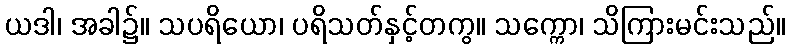
ယဒါ၊ အခါ၌။ သပရိယော၊ ပရိသတ်နှင့်တကွ။ သက္ကော၊ သိကြားမင်းသည်။